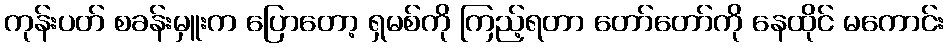
ကုန်းပတ် စခန်းမှူးက ပြောတော့ ရှမစ်ကို ကြည့်ရတာ တော်တော်ကို နေထိုင် မကောင်း